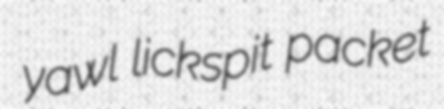
yawl lickspit packet